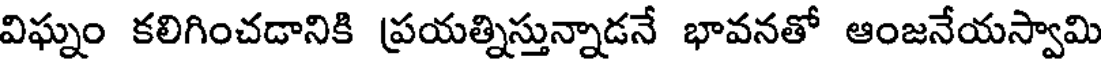
విఘ్నం కలిగించడానికి ప్రయత్నిస్తున్నాడనే భావనతో ఆంజనేయస్వామి